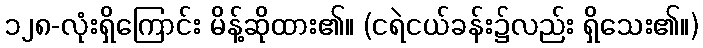
၁၂၈-လုံးရှိကြောင်း မိန့်ဆိုထား၏။ (ငရဲငယ်ခန်း၌လည်း ရှိသေး၏။)